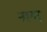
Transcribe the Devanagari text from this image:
नागर्